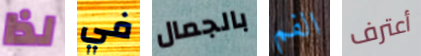
لذا في بالجمال الفم أعترف